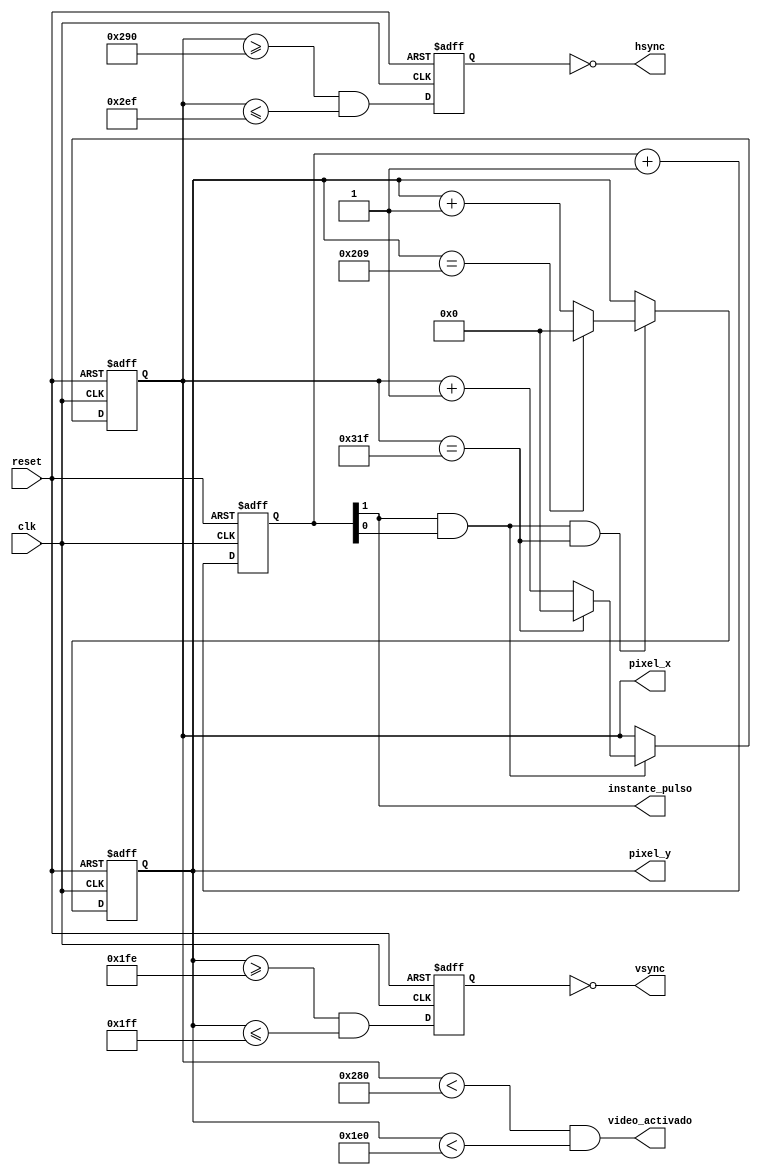
`timescale 1ns / 1ps
//////////////////////////////////////////////////////////////////////////////////
// Design Name:		CONTROLADOR RTC CON PICOBLAZE
// Module Name:    SINCRONIZADOR
// Target Devices:    ARTIX 7
// Description:			SINCRONIZADOR PARA SEALES VSYNC Y HSYNC DE UNA PANTALLA VGA, RELOJ A 100MHZ
// Additional Comments:  basado en el libro de Pong Chu para sincronizador vga
//
//////////////////////////////////////////////////////////////////////////////////
module SINCRONIZADOR(
	input wire clk, reset, //entradas del sincronizador
	output wire hsync, vsync, video_activado, instante_pulso, //salidas del sincronizador
	output wire [9:0] pixel_x, pixel_y //senales de coordenadas
   );
	//parametros de sincronizacion horizontal
	localparam Horizontal_Display = 640;
	localparam Horizontal_front_border=48; //front porch
	localparam Horizontal_back_border=16; //back porch
	localparam Hor_retrace=96; //pulso bajo
	//parametros de sincronizacion vertical
	localparam Ver_Display = 480;
	localparam Ver_left_border= 10; //front porch
	localparam Ver_right_border=30; //back porch
	localparam Ver_retrace= 2; //pulso bajo

	reg modo2_reg; //contadores necesarios para realizar la 'division' de frecuencia, habilitadores de conteo
	wire modo2_siguiente;



	reg [9:0] h_contador_reg, h_contador_siguiente; //contador horizontal
	reg [9:0] v_contador_reg, v_contador_siguiente;	//contador vertical
	//buffers para evitar algun tipo de glitch a la salida
	reg v_sync_reg,h_sync_reg;
	wire v_sync_next, h_sync_next;

	wire h_final,v_final,pixel_tick; //senales para estado del recorrido


	//logica secuencial
	always @(posedge clk, posedge reset)  //en los flancos positivos de reloj y reset
		if (reset)
			begin
			modo2_reg <=1'b0; //todas la senales en 0 al darse un reset
			v_contador_reg <= 0;
			h_contador_reg <= 0;
			v_sync_reg <= 1'b0;
			h_sync_reg <= 1'b0;
			end
		else
			begin //asignaciones de los valores anteriores a la senales siguientes de los registros cada flanco positivo de reloj
			modo2_reg <= modo2_siguiente;
			v_contador_reg <= v_contador_siguiente;
			h_contador_reg <= h_contador_siguiente;
			v_sync_reg <= v_sync_next ;
			h_sync_reg <= h_sync_next;
			end

	reg [1:0]modo4reg;	//contadores necesarios para realizar la 'division' de frecuencia a 25MHz, habilitadores de conteo
	wire [1:0]mode4next;

	always @(posedge clk,posedge reset)
			if(reset)
				modo4reg <= 0;
			else
				modo4reg <= modo4reg + 1;

	assign modo2_siguiente=~modo2_reg;
	wire enable;
	wire enable2;
	wire enable2tick;

	assign enable2tick=enable2;
	assign pixel_tick=enable;
	assign enable=modo4reg[1];
	assign enable2=modo4reg[0];



	assign h_final=(h_contador_reg==(Hor_retrace+Horizontal_Display+Horizontal_front_border+Horizontal_back_border-1));
	assign v_final=(v_contador_reg==(Ver_left_border+Ver_right_border+Ver_retrace+Ver_Display-1));

//logica para generar los conteos
	always@* //horizontaless
		if (pixel_tick & enable2tick) //cuenta solo en el pulso de habilitacion
			if(h_final)
				h_contador_siguiente = 0;
			else
				h_contador_siguiente = h_contador_reg + 1;
		else
			h_contador_siguiente=h_contador_reg;

	//verticales
	always@*
		if ((pixel_tick) & (enable2tick) & (h_final)) //cuenta solo si se da el pulso de habilitacion
			if(v_final)
				v_contador_siguiente=0;
			else
				v_contador_siguiente= v_contador_reg+1;
		else
			v_contador_siguiente=v_contador_reg;





	//buffers para evitar fallas, recomendacion de Pong Chu
	assign h_sync_next=(h_contador_reg>=(Horizontal_Display+Horizontal_back_border) && h_contador_reg<=(Horizontal_Display+Horizontal_back_border+Hor_retrace-1));
	assign v_sync_next=(v_contador_reg>=(Ver_Display+Ver_right_border) && v_contador_reg<=(Ver_Display+Ver_right_border+Ver_retrace-1));

	//asignacion a las salidas

	assign video_activado=(h_contador_reg<Horizontal_Display) && (v_contador_reg<Ver_Display);

	assign hsync= ~h_sync_reg;
	assign vsync= ~v_sync_reg;
	assign pixel_x= h_contador_reg;
	assign pixel_y= v_contador_reg;
	assign instante_pulso=pixel_tick;

endmodule